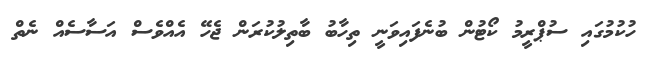
ހުކުމުގައި ސުޕްރީމު ކޯޓުން ބުނެފައިވަނީ ތިހާބު ބާތިލުކުރަން ޖެހޭ އެއްވެސް އަސާސެއް ނެތް